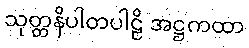
သုတ္တနိပါတပါဠိ အဋ္ဌကထာ